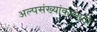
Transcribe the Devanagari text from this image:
अल्पसंख्यांकासाठी